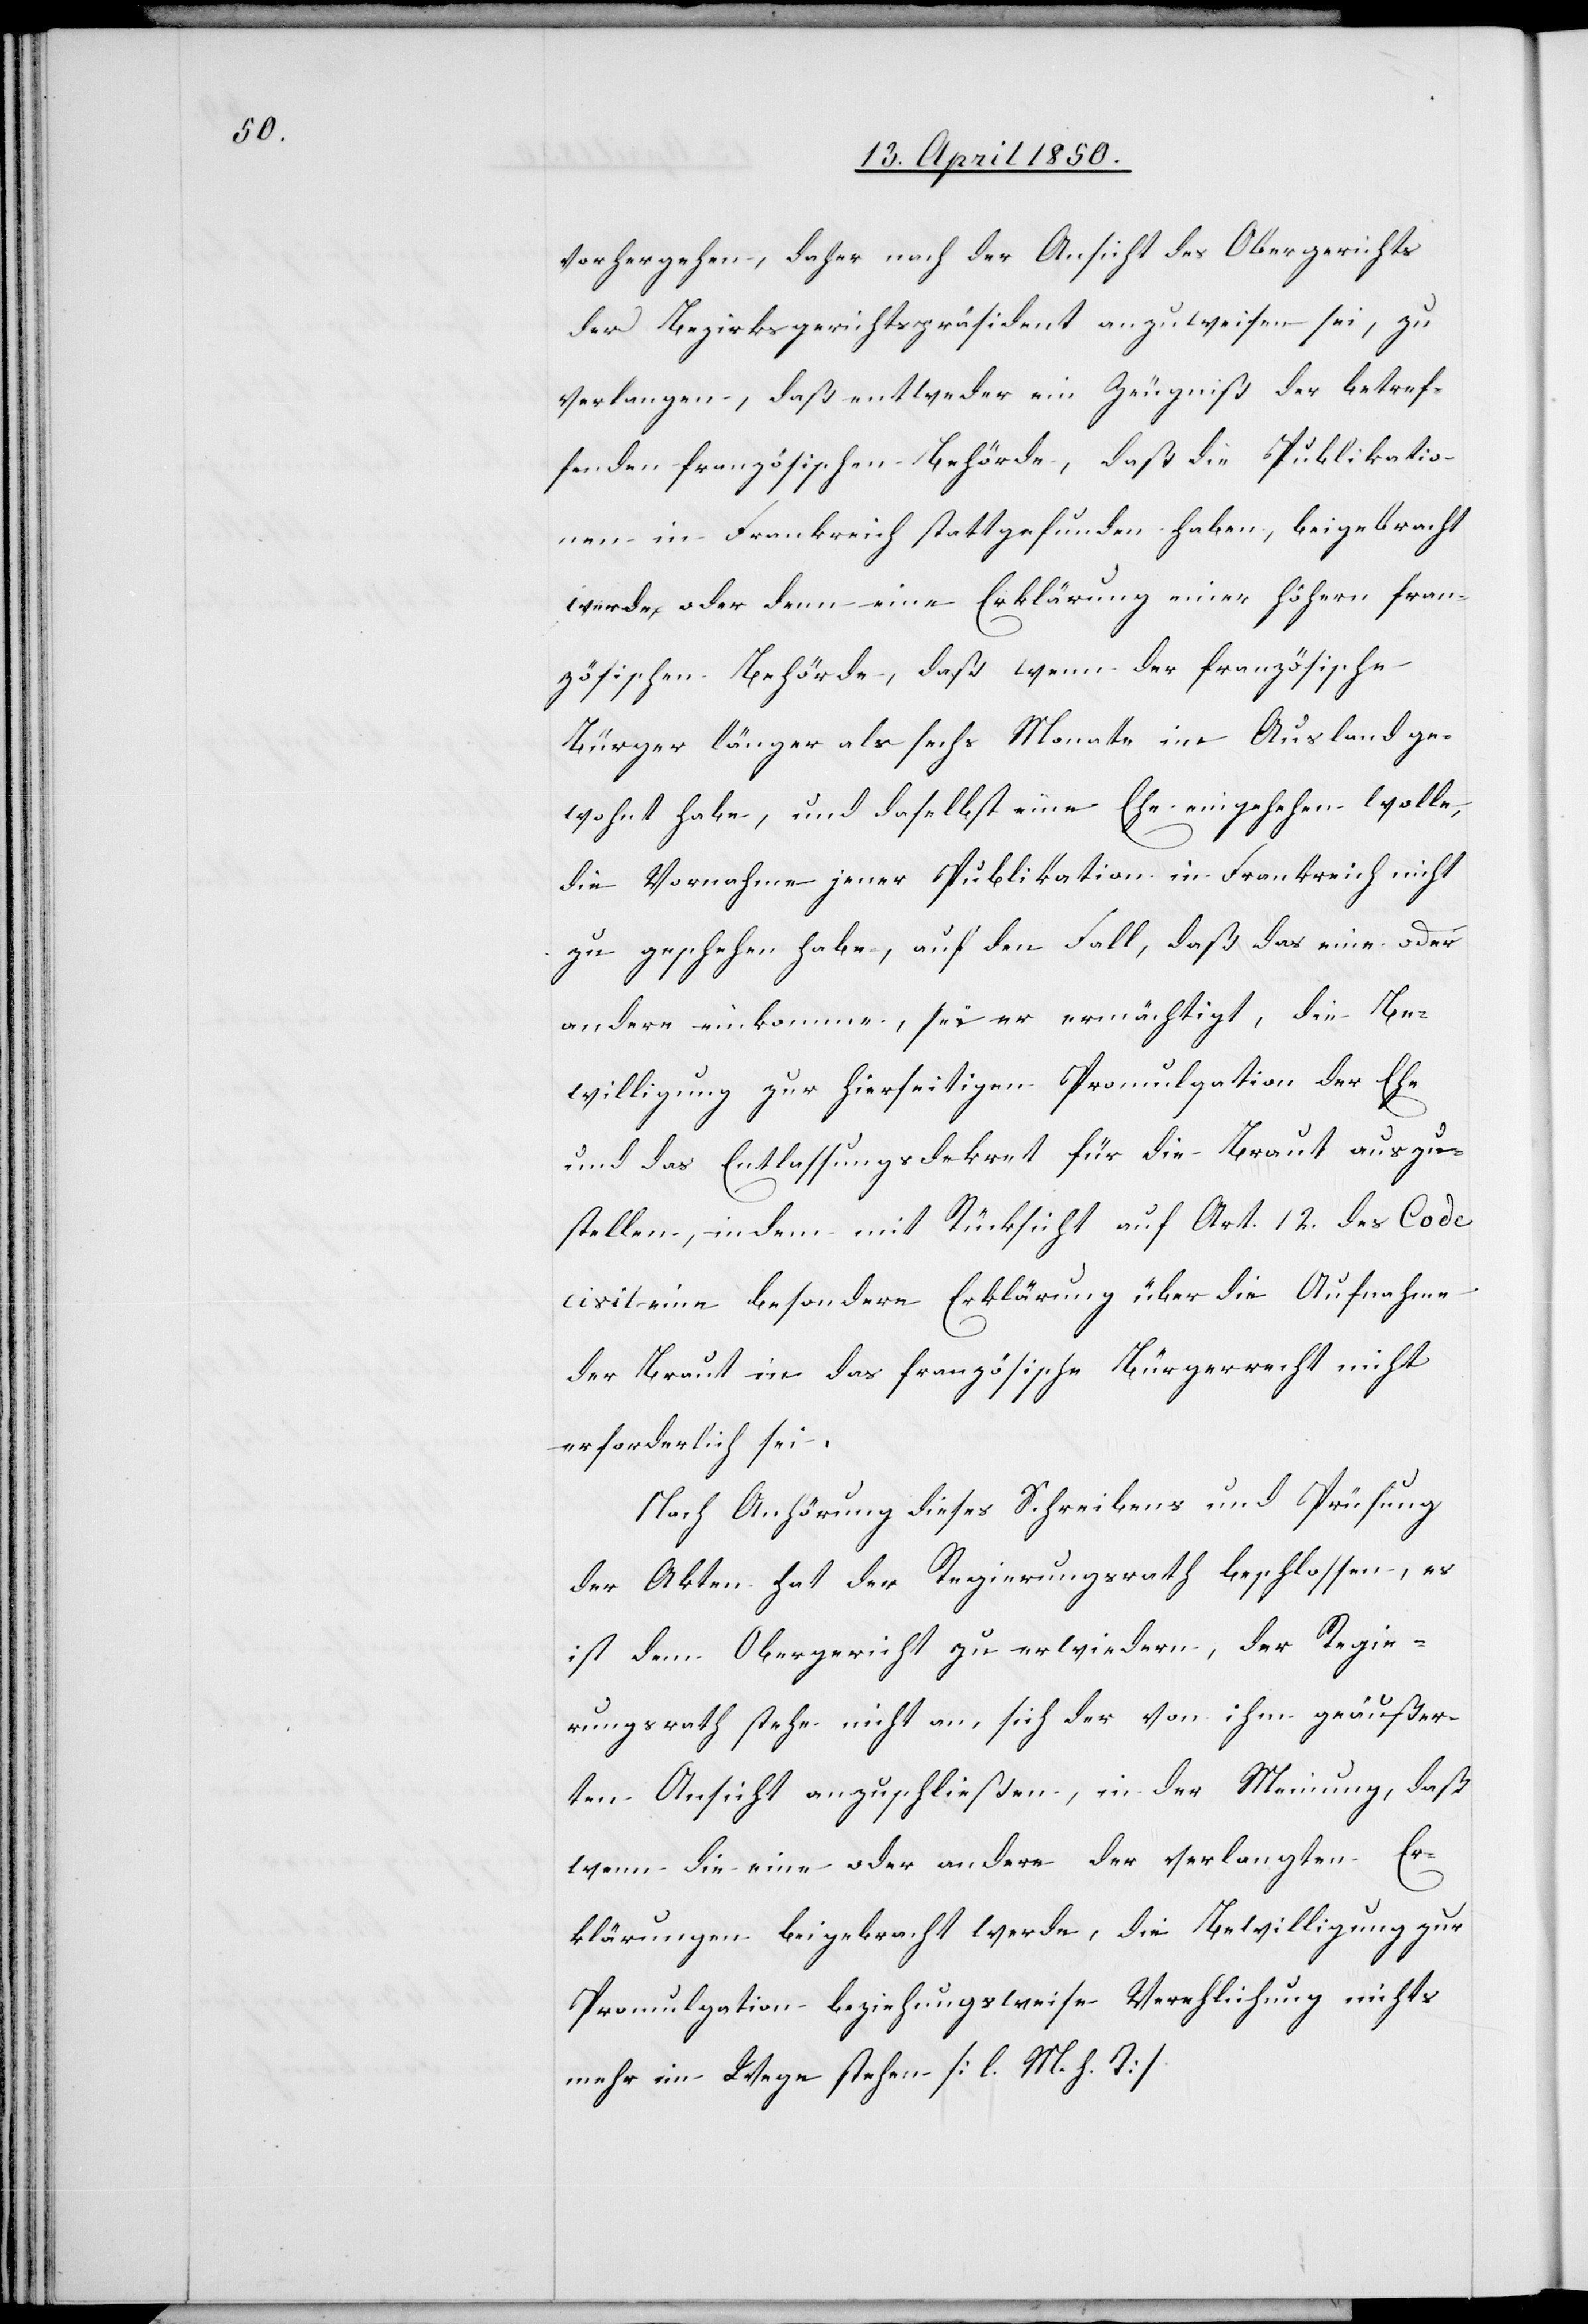
vorhergehen, daher nach der Ansicht des Obergerichts
der Bezirksgerichtspräsident anzuweisen sei, zu
verlangen, daß entweder ein Zeugniß der betref¬
fenden französischen Behörde, daß die Publikatio¬
nen in Frankreich stattgefunden haben, beigebracht
werde, oder denn eine Erklärung einer höhern fran¬
zösischen Behörde, daß wenn der französische
Bürger länger als sechs Monate im Ausland ge¬
wohnt habe, und daselbst eine Ehe eingehehen [sic!]
die Vornahme jener Publikation in Frankreich nicht
zu geschehen habe, auf den Fall, daß das eine oder
andere einkomme, sei er ermächtigt, die Be¬
willigung zur hierseitigen Promulgation der Ehe
und das Entlassungsdekret für die Braut auszu¬
stellen, indem mit Rücksicht auf Art. 12. des Code
civil eine besondere Erklärung über die Aufnahme
der Braut in das französische Bürgerrecht nicht
erforderlich sei.
Nach Anhörung dieses Schreibens und Prüfung
der Akten hat der Regierungsrath beschlossen, es
ist dem Obergericht zu erwiedern, der Regie¬
rungsrath stehe nicht an, sich der von ihm geäußer¬
ten Ansicht anzuschließen, in der Meinung, daß
wenn die eine oder andere der verlangten Er¬
klärungen beigebracht werde, die [recte: der] Bewilligung zur
Promulgation beziehungsweise Verehlichung nichts

M.